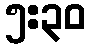
၅:၃၀